Report of the Indian Hemp Drugs Commission, 1894-1895 - Volume VI
Year: 1894
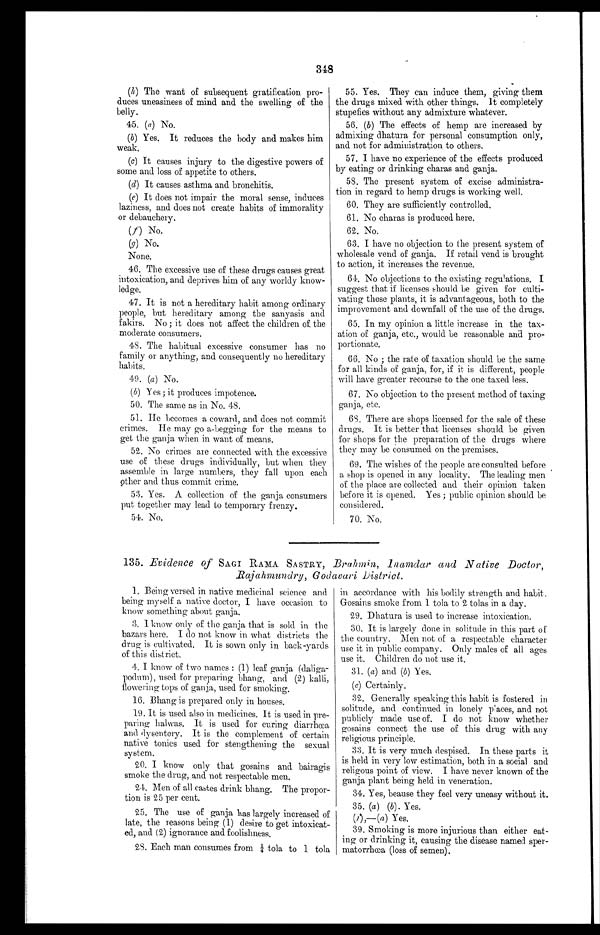
(h.) The want of subsequent gratification pro-
duces uneasiness of mind and the swelling of the
belly.
45. (a) No.
(b) Yes. It reduces the body and makes him
weak.
(c) It causes injury to the digestive powers of
some and loss of appetite to others.
(d) It causes asthma and bronchitis.
(e) It does not impair the moral sense, induces
laziness, and does not create habits of immorality
or debauchery.
(f) No.
(g) No.
None.
46. The excessive use of these drugs causes great
intoxication, and deprives him of any worldy know-
ledge.
47. It is not a hereditary habit among ordinary
people, but hereditary among the sanyasis and
fakirs. No ; it does not affect the children of the
moderate consumers.
48. The habitual excessive consumer has no
family or anything, and consequently no hereditary
habits.
49. (a) No.
(b) Yes ; it produces impotence.
50. The same as in No. 48.
51. He becomes a coward, and does not commit
crimes. He may go a-begging for the means to
get the gauja when in want of means.
52. No crimes are connected with the excessive
use of these drugs individually, but when they
assemble in large numbers, they fall upon each
other and thus commit crime.
53. Yes. A collection of the ganja consumers
put together may lead to temporary frenzy.
54. No.
55. Yes. They can induce them, giving them
the drugs mixed with other things. It completely
stupefies without any admixture whatever.
56. (b) The effects of hemp are increased by
admixing dhatura for personal consumption only,
and not for administration to others.
57. I have no experience of the effects produced
by eating or drinking charas and ganja.
58. The present system of excise administra-
tion in regard to hemp drugs is working well.
60. They are sufficiently controlled.
61. No charas is produced here.
62. No.
63. I have no objection to the present system of
wholesale vend of ganja. If retail vend is brought
to action, it increases the revenue.
64. No objections to the existing regulations. I
suggest that if licenses should be given for culti-
vating these plants, it is advantageous, both to the
improvement and downfall of the use of the drugs.
65. In my opinion a little increase in the tax-
ation of ganja, etc., would be reasonable and pro-
portionate.
66. No ; the rate of taxation should be the same
for all kinds of ganja, for, if it is different, people
will have greater recourse to the one taxed less.
67. No objection to the present method of taxing
ganja, etc.
68. There are shops licensed for the sale of these
drugs. It is better that licenses should be given
for shops for the preparation of the drugs where
they may be consumed on the premises.
69. The wishes of the people are consulted before
a shop is opened in any locality. The leading men
of the place are collected and their opinion taken
before it is opened. Yes ; public opinion should be
Considered.
70. No.
135. Evidence of SAGI RAMA SASTRY, Brahmin, Inamdar and Native Doctor,
Rajahmundry, Godavari District.
1. Being versed in native medicinal science and
being myself a native doctor, I have occasion to
know something about ganja.
3. I know only of the ganja that is sold in the
bazars here. I do not know in what districts the
drug is cultivated. It is sown only in back-yards
of this district.
4. I know of two names : (1) leaf ganja (daliga-
podum), used for preparing bhang, and (2) kalli,
flowering tops of ganja, used for smoking.
16, Bhang is prepared only in houses.
19. It is used also in medicines. It is used in pre-
paring halwas. It is used for curing diarrhæa
and dysentery. It is the complement of certain
native tonics used for stengthening the sexual
system.
20. I know only that gosains and bairagis
smoke the drug, and not respectable men.
24. Men of all castes drink bhang. The propor-
tion is 25 per cent.
25. The use of ganja has largely increased of
late, the reasons being (1) desire to get intoxicat-
ed, and (2) ignorance and foolishness.
28. Each man consumes from ¼ tola to 1 tola
in accordance with his bodily strength and habit.
Gosains smoke from 1 tola to 2 tolas in a day.
29. Dhatura is used to increase intoxication.
30. It is largely done in solitude in this part of
the country. Men not of a respectable character
use it in public company. Only males of all ages
use it. Children do not use it.
31. (a) and (b) Yes.
(c) Certainly.
32. Generally speaking this habit is fostered in
solitude, and continued in lonely paces, and not
publicly made use of. I do not know whether
gosains connect the use of this drug with any
religious principle.
33. It is very much despised. In these parts it
is held in very low estimation, both in a social and
religous point of view. I have never known of the
ganja plant being held in veneration.
34. Yes, beause they feel very uneasy without it.
35. (a) (b) . Yes.
(1) ,—(a) Yes.
39. Smoking is more injurious than either eat-
ing or drinking it, causing the disease named sper-
matorrhœa (loss of semen).